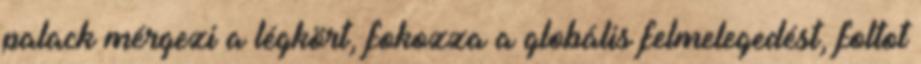
palack mérgezi a légkört, fokozza a globális felmelegedést, foltot